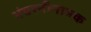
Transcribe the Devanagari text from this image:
भंवरनीनामक